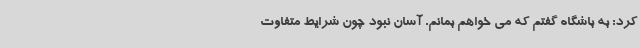
کرد: به باشگاه گفتم که می خواهم بمانم. آسان نبود چون شرایط متفاوت